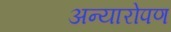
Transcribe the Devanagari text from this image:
अन्यारोपण